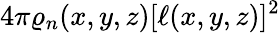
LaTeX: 4\pi\varrho_{n}(x,y,z)[\ell(x,y,z)]^{2}